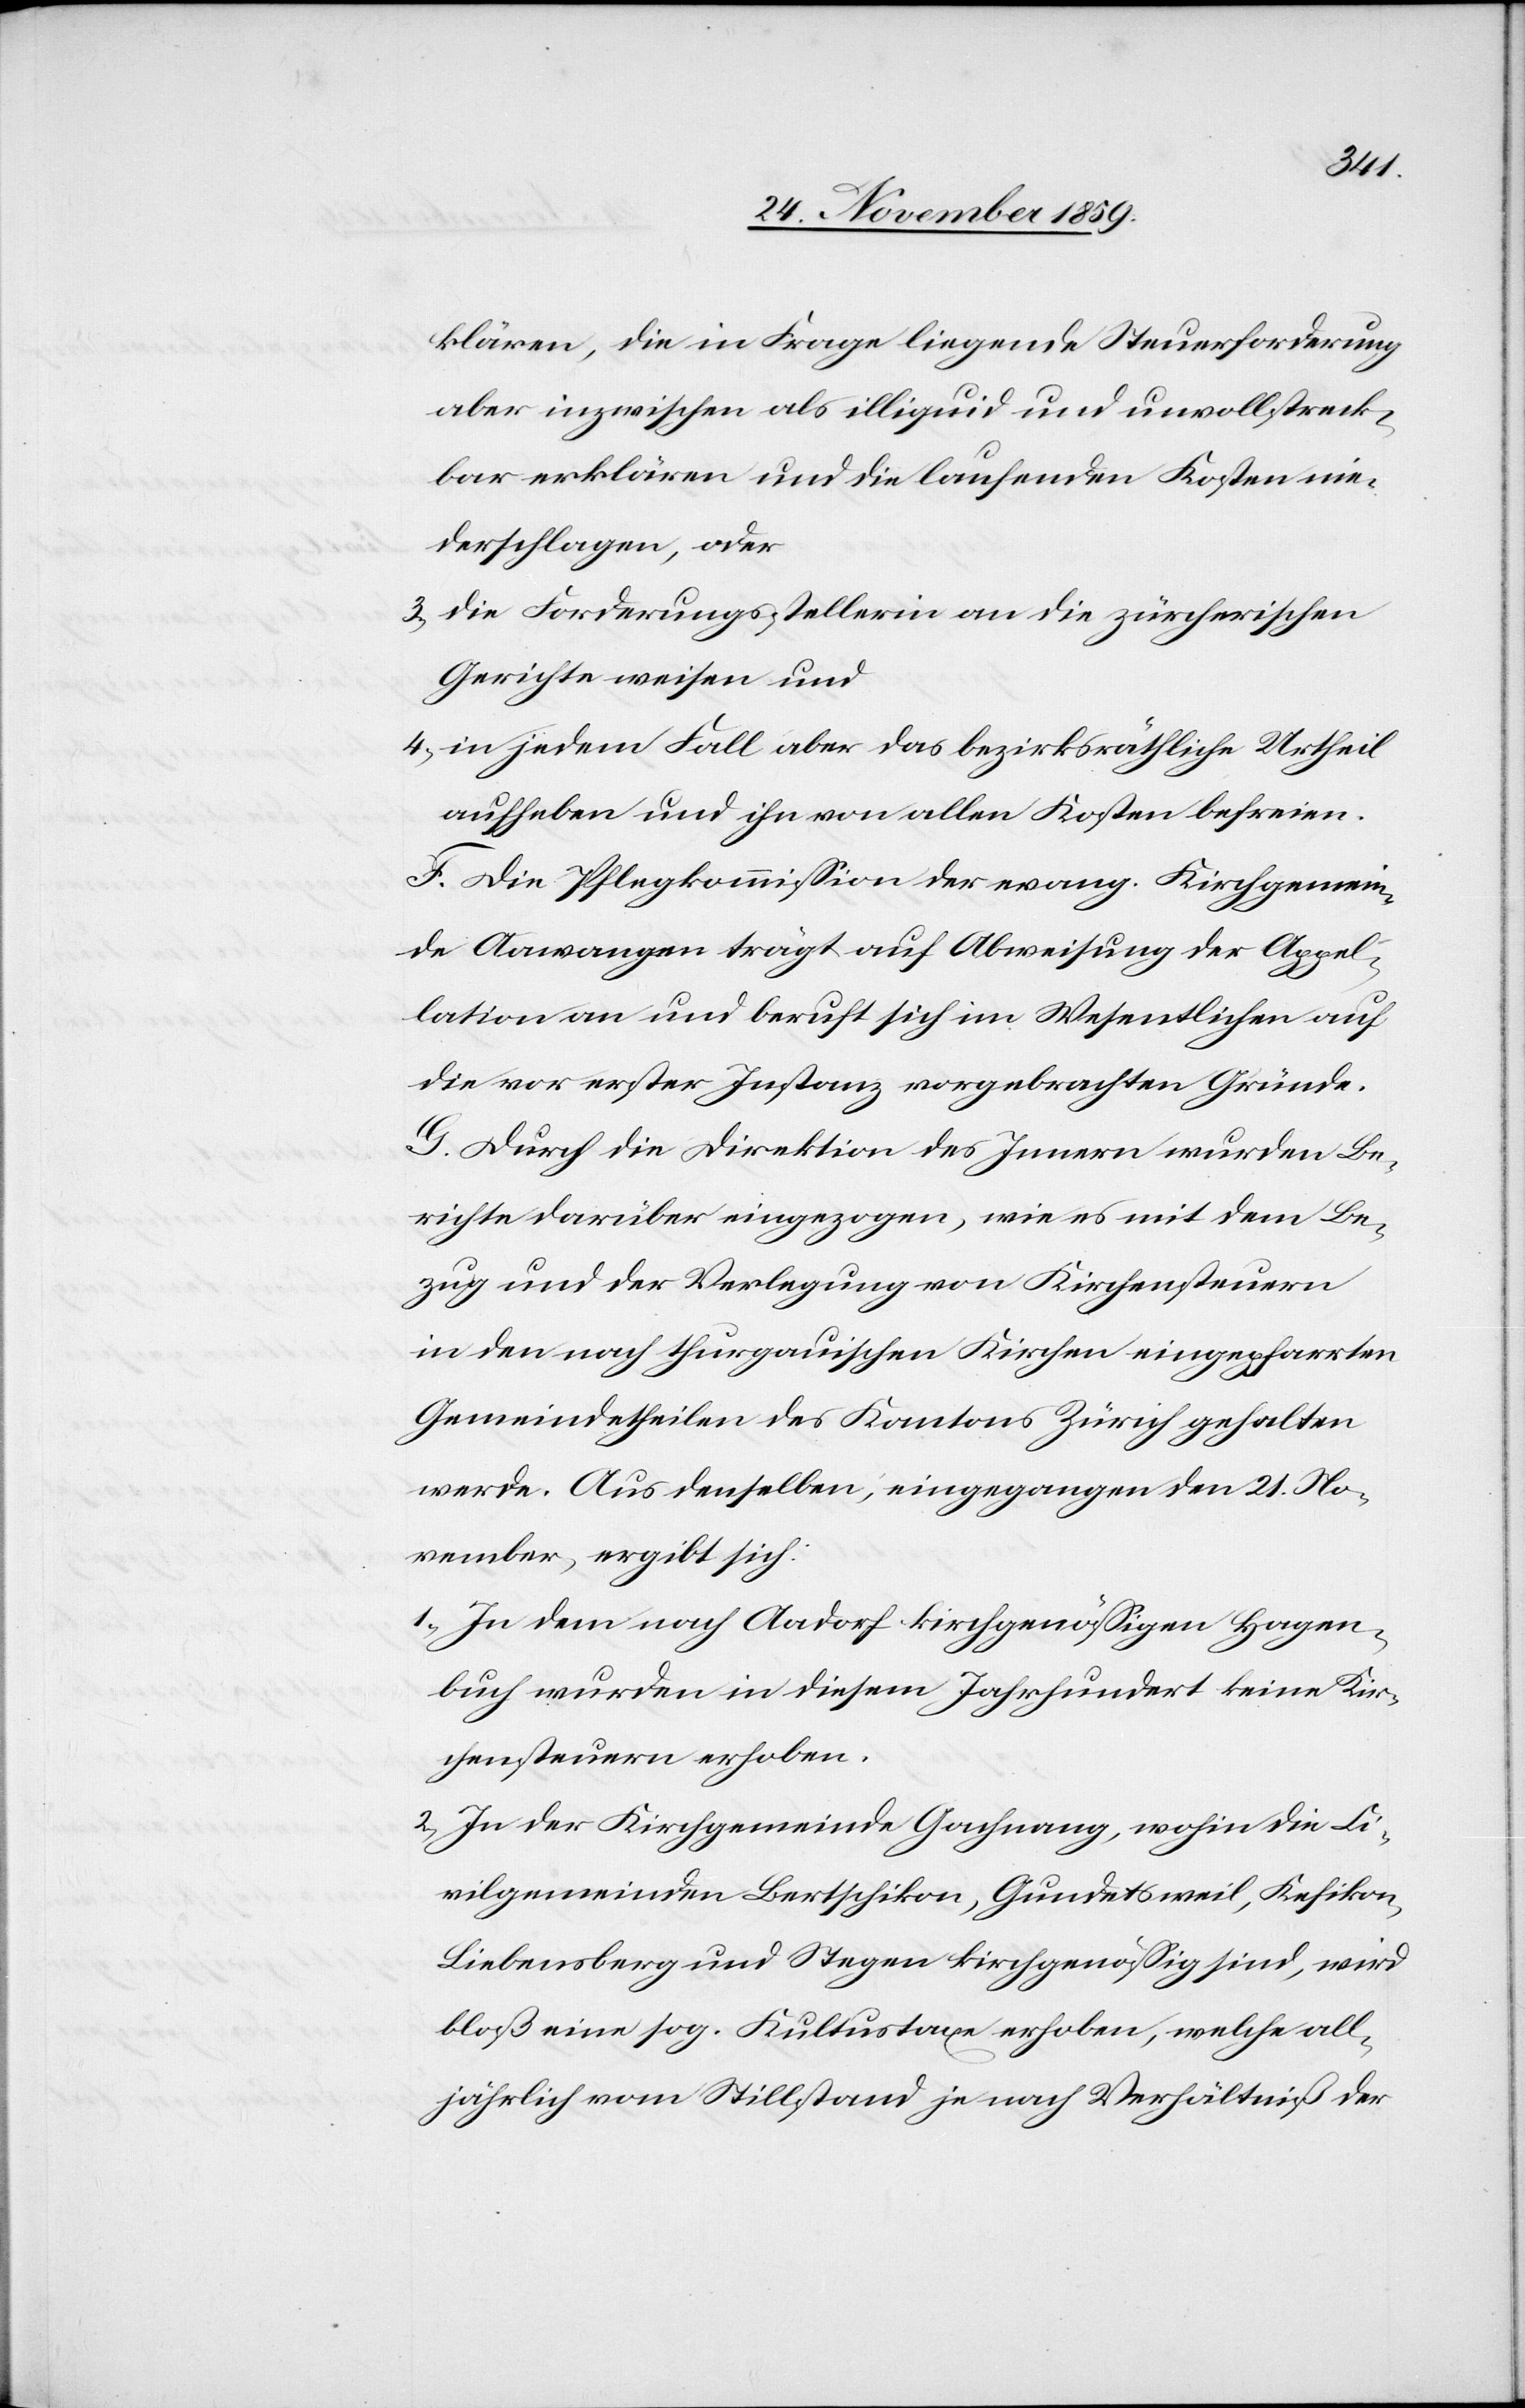
klären, die in Frage liegende Steuerforderung
aber inzwischen als illiquid und unvollstreck¬
bar erklären und die laufenden Kosten nie¬
derschlagen, oder
3) die Forderungsstellerin an die zürcherischen
Gerichte weisen und
4) in jedem Fall aber das bezirksräthliche Urtheil
aufheben und ihn von allen Kosten befreien.
F. Die Pflegekommission der evang. Kirchgemein¬
de Aawangen trägt auf Abweisung der Appel¬
lation an und beruft sich im Wesentlichen auf
die vor erster Instanz vorgebrachten Gründe.
G. Durch die Direktion des Innern wurden Be¬
richte darüber eingezogen, wie es mit dem Be¬
zug und der Verlegung von Kirchensteuern
in den noch thurgauischen Kirchen eingepfarrten
Gemeindetheilen des Kantons Zürich gehalten
werde. Aus denselben, eingegangen den 21. No¬
vember, ergibt sich:
1) In dem nach Aadorf kirchgenössigen Hagen¬
buch wurden in diesem Jahrhundert keine Kir¬
chensteuern erhoben.
2) In der Kirchgemeinde Gachnang, wohin die Ci¬
vilgemeinden Bertschikon, Gundetsweil, Kefikon-L¬
iebensberg und Stegen kirchgenössig sind, wird
bloß eine sog. Kultustaxe erhoben, welche all¬
jährlich vom Stillstand je nach Verhältniß der